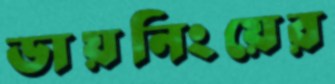
ডায়নিংয়ের